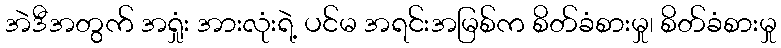
အဲဒီအတွက် အရှုံး အားလုံးရဲ့ ပင်မ အရင်းအမြစ်က စိတ်ခံစားမှု၊ စိတ်ခံစားမှု